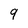
Character: 9